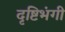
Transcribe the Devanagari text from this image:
दृष्टिभंगी